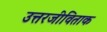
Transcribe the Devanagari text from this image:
उत्तरजीविताक